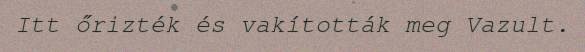
Itt őrizték és vakították meg Vazult.